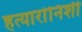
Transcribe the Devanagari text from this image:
हत्यारांनिशी